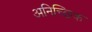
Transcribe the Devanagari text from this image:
अनिच्छिक